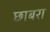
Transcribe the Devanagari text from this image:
छाबरा